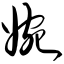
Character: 婉